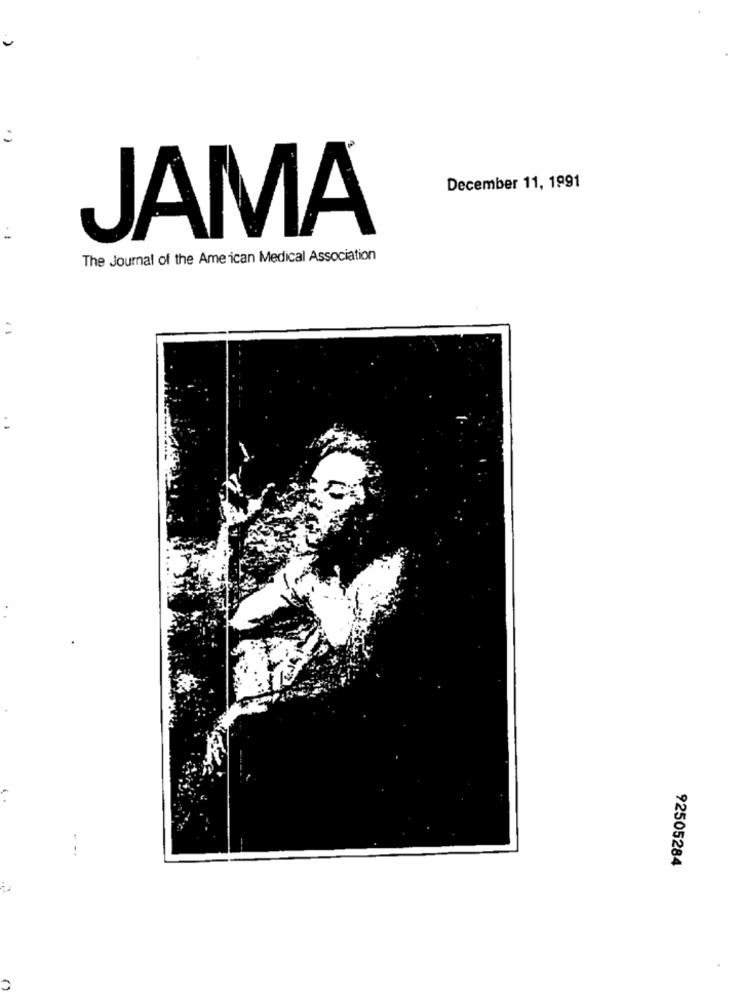
December 11, 1991
JAMA
The Journal of the American Medical Association
=
92505284
C